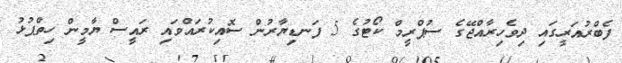
ފެބްރުއަރީގައި ދިވެހިރާއްޖޭގެ ސުޕްރީމް ކޯޓުގެ 5 ފަނޑިޔާރުން ސޮއިކުރައްވައި ރައީސް ޔާމީން ހިތްޕުޅު